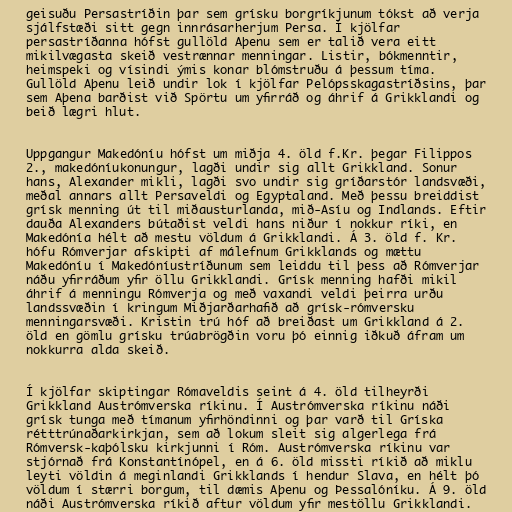
geisuðu Persastríðin þar sem grísku borgríkjunum tókst að verja
sjálfstæði sitt gegn innrásarherjum Persa. Í kjölfar
persastríðanna hófst gullöld Aþenu sem er talið vera eitt
mikilvægasta skeið vestrænnar menningar. Listir, bókmenntir,
heimspeki og vísindi ýmis konar blómstruðu á þessum tíma.
Gullöld Aþenu leið undir lok í kjölfar Pelópsskagastríðsins, þar
sem Aþena barðist við Spörtu um yfirráð og áhrif á Grikklandi og
beið lægri hlut.

Uppgangur Makedóníu hófst um miðja 4. öld f.Kr. þegar Filippos
2., makedóníukonungur, lagði undir sig allt Grikkland. Sonur
hans, Alexander mikli, lagði svo undir sig gríðarstór landsvæði,
meðal annars allt Persaveldi og Egyptaland. Með þessu breiddist
grísk menning út til miðausturlanda, mið-Asíu og Indlands. Eftir
dauða Alexanders bútaðist veldi hans niður í nokkur ríki, en
Makedónía hélt að mestu völdum á Grikklandi. Á 3. öld f. Kr.
hófu Rómverjar afskipti af málefnum Grikklands og mættu
Makedóníu í Makedóníustríðunum sem leiddu til þess að Rómverjar
náðu yfirráðum yfir öllu Grikklandi. Grísk menning hafði mikil
áhrif á menningu Rómverja og með vaxandi veldi þeirra urðu
landssvæðin í kringum Miðjarðarhafið að grísk-rómversku
menningarsvæði. Kristin trú hóf að breiðast um Grikkland á 2.
öld en gömlu grísku trúabrögðin voru þó einnig iðkuð áfram um
nokkurra alda skeið.

Í kjölfar skiptingar Rómaveldis seint á 4. öld tilheyrði
Grikkland Austrómverska ríkinu. Í Austrómverska ríkinu náði
grísk tunga með tímanum yfirhöndinni og þar varð til Gríska
rétttrúnaðarkirkjan, sem að lokum sleit sig algerlega frá
Rómversk-kaþólsku kirkjunni í Róm. Austrómverska ríkinu var
stjórnað frá Konstantínópel, en á 6. öld missti ríkið að miklu
leyti völdin á meginlandi Grikklands í hendur Slava, en hélt þó
völdum í stærri borgum, til dæmis Aþenu og Þessalóníku. Á 9. öld
náði Austrómverska ríkið aftur völdum yfir mestöllu Grikklandi.